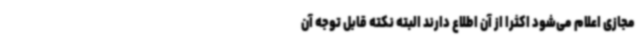
مجازی اعلام می‌شود اکثرا از آن اطلاع دارند البته نکته قابل توجه آن